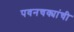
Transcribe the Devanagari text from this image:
पवनचक्यांची